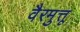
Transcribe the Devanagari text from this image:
वैरमुत्तू